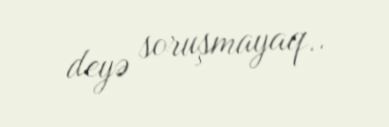
deyə soruşmayaq..